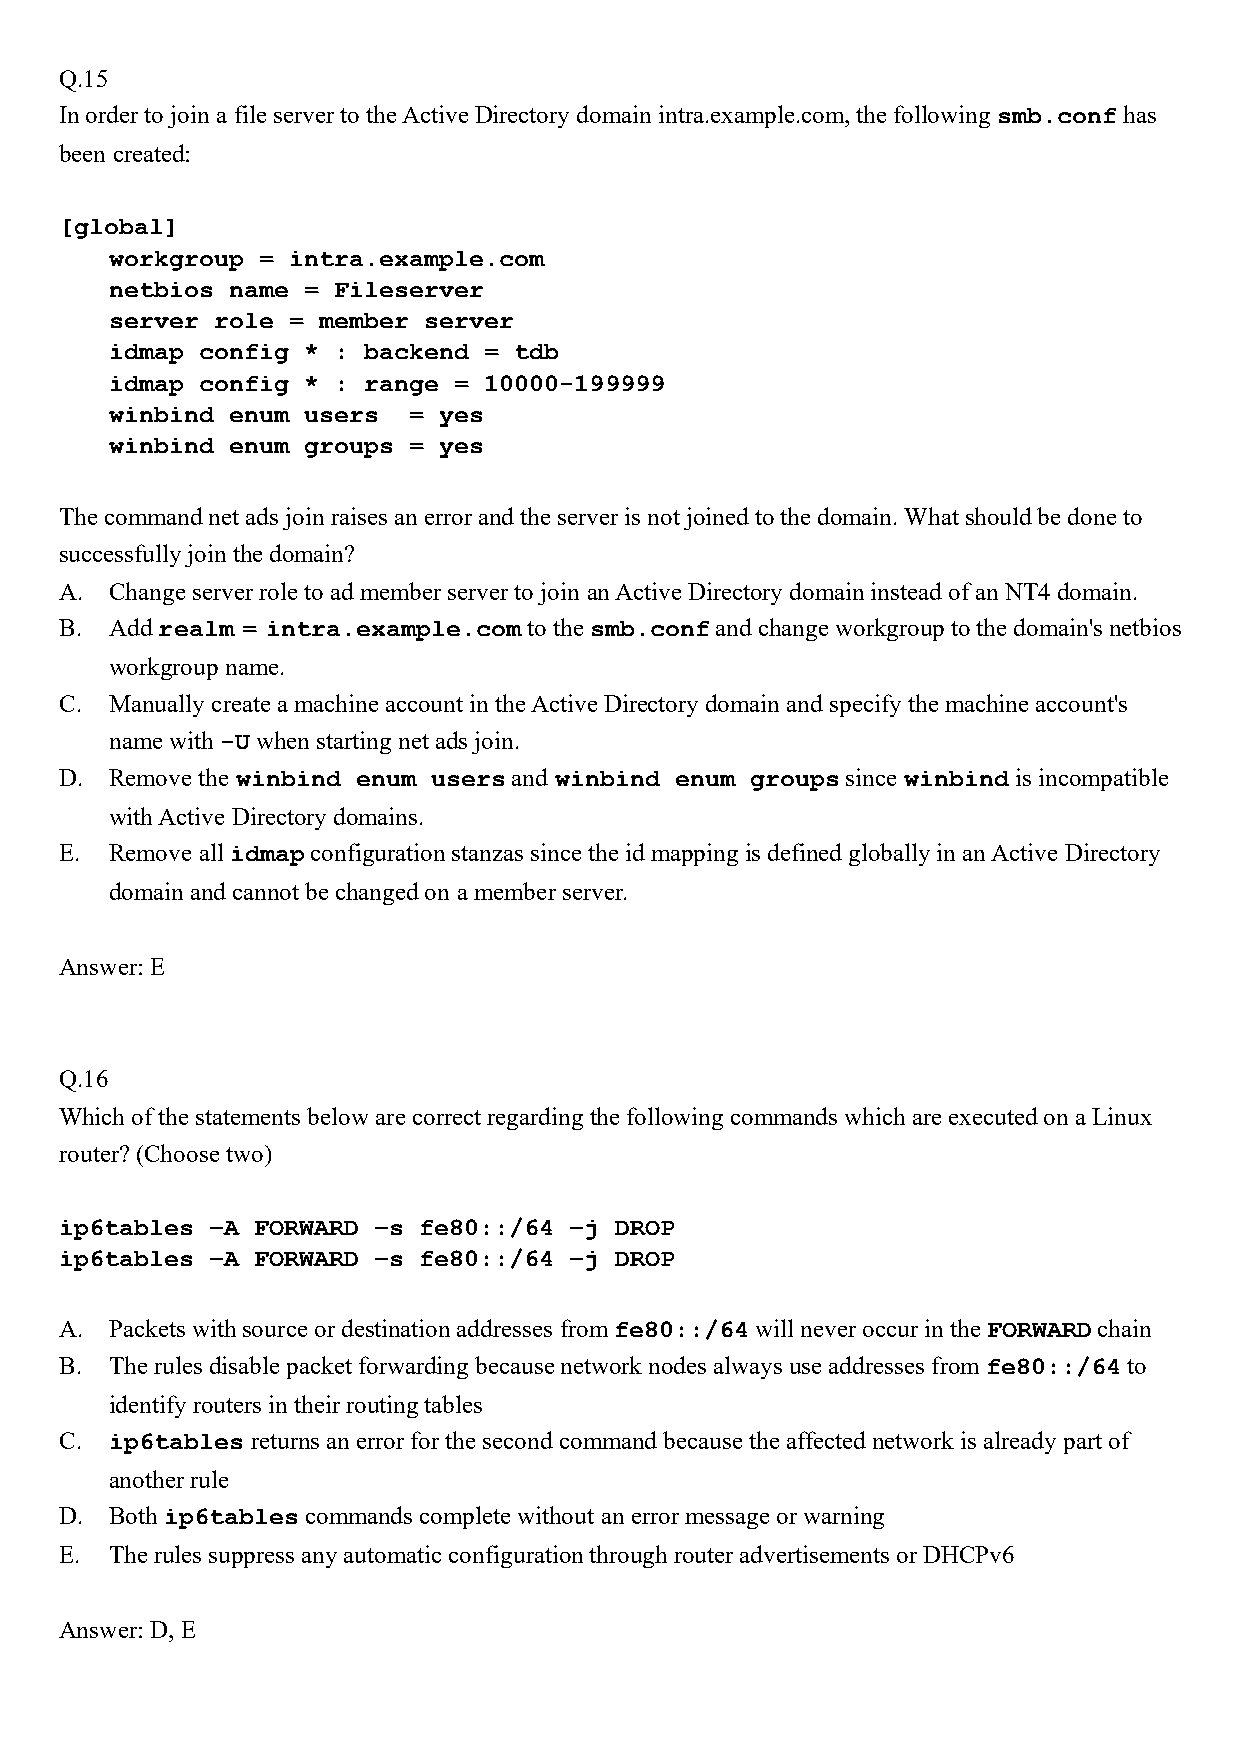
Q.15
 In order to join a file server to the Active Directory domain intra.example.com, the following smb.conf has
 been created:
 [global]
 workgroup = intra.example.com
 netbios name = Fileserver
 server role = member server
 idmap config * : backend = tdb
 idmap config * : range = 10000-199999
 winbind enum users  = yes
 winbind enum groups = yes
 The command net ads join raises an error and the server is not joined to the domain. What should be done to
 successfully join the domain?
 A. Change server role to ad member server to join an Active Directory domain instead of an NT4 domain.
 B. Add realm = intra.example.com to the smb.conf and change workgroup to the domain's netbios
 workgroup name.
 C. Manually create a machine account in the Active Directory domain and specify the machine account's
 name with -U when starting net ads join.
 D. Remove the winbind enum users and winbind enum groups since winbind is incompatible
 with Active Directory domains.
 E. Remove all idmap configuration stanzas since the id mapping is defined globally in an Active Directory
 domain and cannot be changed on a member server.
 Answer: E
 Q.16
 Which of the statements below are correct regarding the following commands which are executed on a Linux
 router? (Choose two)
 ip6tables –A FORWARD –s fe80::/64 –j DROP
 ip6tables –A FORWARD –s fe80::/64 –j DROP
 A. Packets with source or destination addresses from fe80::/64 will never occur in the FORWARD chain
 B. The rules disable packet forwarding because network nodes always use addresses from fe80::/64 to
 identify routers in their routing tables
 C. ip6tables returns an error for the second command because the affected network is already part of
 another rule
 D. Both ip6tables commands complete without an error message or warning
 E. The rules suppress any automatic configuration through router advertisements or DHCPv6
 Answer: D, E